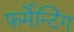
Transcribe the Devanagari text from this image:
फ़र्मेन्टिंग